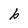
Character: b